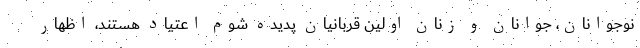
نوجوانان، جوانان و زنان اولین قربانیان پدیده شوم اعتیاد هستند، اظهار